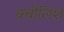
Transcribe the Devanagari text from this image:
क्वीलिश